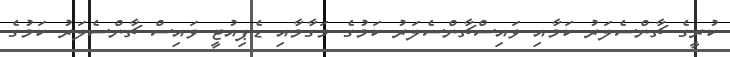
ކުރީގެ ޗާންސެލަރު ކަމާއި ވައިސްޗާންސެލަރު ކަމުގެ މަގާމާއި ޑެޕިއުޓީ ވައިސް ޗާންސެލަރު ކަމުގެ